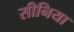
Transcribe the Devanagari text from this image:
सीनिया